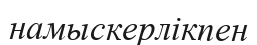
намыскерлікпен